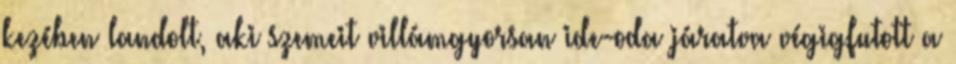
kezében landolt, aki szemeit villámgyorsan ide-oda járatva végigfutott a